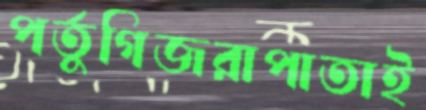
পর্তুগিজরাপাতাই